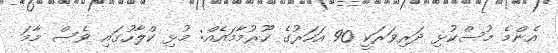
އެންމެ މުސްކުޅި ދަރިވަރަކީ 90 އަހަރުގެ ހޫރުމާމައެއް: މުޅި ކްލާހުގައި ވެސް މާމަ